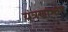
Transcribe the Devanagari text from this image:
यंत्रणाभोग